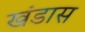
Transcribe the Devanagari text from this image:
खंडास